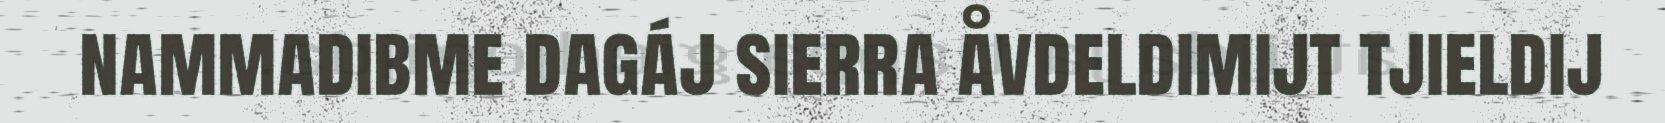
nammadibme dagáj sierra åvdeldimijt tjieldij